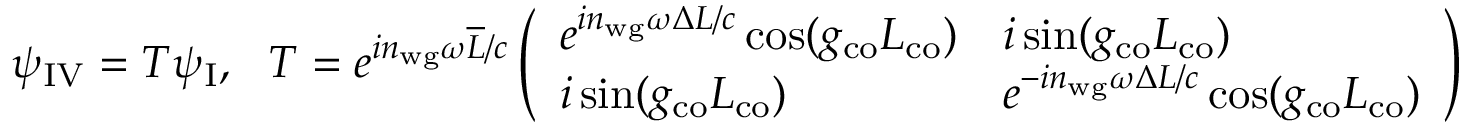
\psi _ { \mathrm { I V } } = T \psi _ { \mathrm { I } } , \ \ T = e ^ { i n _ { \mathrm { w g } } \omega \overline { { L } } / c } \left( \begin{array} { l l } { e ^ { i n _ { \mathrm { w g } } \omega \Delta L / c } \cos ( g _ { \mathrm { c o } } L _ { \mathrm { c o } } ) } & { i \sin ( g _ { \mathrm { c o } } L _ { \mathrm { c o } } ) } \\ { i \sin ( g _ { \mathrm { c o } } L _ { \mathrm { c o } } ) } & { e ^ { - i n _ { \mathrm { w g } } \omega \Delta L / c } \cos ( g _ { \mathrm { c o } } L _ { \mathrm { c o } } ) } \end{array} \right)